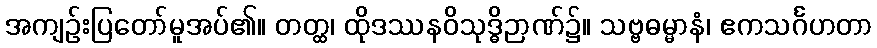
အကျဉ်းပြတော်မူအပ်၏။ တတ္ထ၊ ထိုဒဿနဝိသုဒ္ဓိဉာဏ်၌။ သဗ္ဗဓမ္မာနံ၊ ဧကသင်္ဂဟတာ